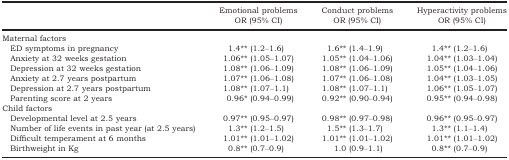
|  | Emotional problems | Conduct problems | Hyperactivity problems |
 |  | OR (95% CI) | OR (95% CI) | OR (95% CI) |
 | --- | --- | --- | --- |
 | <COLSPAN=4> Maternal factors |
 | ED symptoms in pregnancy | 1.4** (1.2–1.6) | 1.6** (1.4–1.9) | 1.4** (1.2–1.6) |
 | Anxiety at 32 weeks gestation | 1.06** (1.05–1.07) | 1.05** (1.04–1.06) | 1.04** (1.03–1.04) |
 | Depression at 32 weeks gestation | 1.08** (1.06–1.09) | 1.08** (1.06–1.09) | 1.05** (1.04–1.06) |
 | Anxiety at 2.7 years postpartum | 1.07** (1.06–1.08) | 1.07** (1.06–1.08) | 1.04** (1.03–1.05) |
 | Depression at 2.7 years postpartum | 1.08** (1.07–1.1) | 1.08** (1.07–1.1) | 1.06** (1.05–1.07) |
 | Parenting score at 2 years | 0.96* (0.94–0.99) | 0.92** (0.90–0.94) | 0.95** (0.94–0.98) |
 | <COLSPAN=4> Child factors |
 | Developmental level at 2.5 years | 0.97** (0.95–0.97) | 0.98** (0.97–0.98) | 0.96** (0.95–0.97) |
 | Number of life events in past year (at 2.5 years) | 1.3** (1.2–1.5) | 1.5** (1.3–1.7) | 1.3** (1.1–1.4) |
 | Difficult temperament at 6 months | 1.01** (1.01–1.02) | 1.01** (1.01–1.02) | 1.01** (1.01–1.02) |
 | Birthweight in Kg | 0.8** (0.7–0.9) | 1.0 (0.9–1.1) | 0.8** (0.7–0.9) |